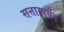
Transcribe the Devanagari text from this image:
सत्तास्पर्धेत